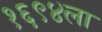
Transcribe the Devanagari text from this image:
१६९४ला